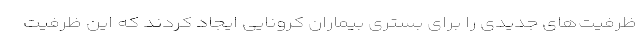
ظرفیت‌های جدیدی را برای بستری بیماران کرونایی ایجاد کردند که این ظرفیت